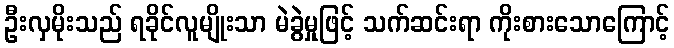
ဦးလှမိုးသည် ရခိုင်လူမျိုးသာ မဲခွဲမှုဖြင့် သက်ဆင်းရာ ကိုးစားသောကြောင့်